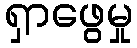
ရှာဖွေမှု